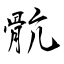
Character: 骯